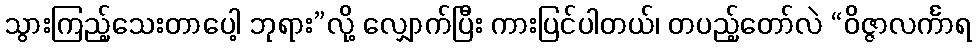
သွားကြည့်သေးတာပေါ့ ဘုရား”လို့ လျှောက်ပြီး ကားပြင်ပါတယ်၊ တပည့်တော်လဲ “ဝိဇ္ဇာလင်္ကာရ